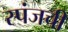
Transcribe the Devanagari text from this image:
स्पंजची